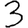
Digit: 3